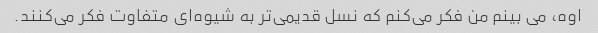
اوه، می بینم من فکر می‌کنم که نسل قدیمی‌تر به شیوه‌ای متفاوت فکر می‌کنند.